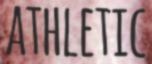
ATHLETIC